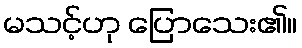
မသင့်ဟု ပြောသေး၏။